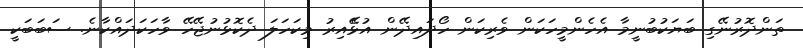
ތަންދޮރުނޭގި ބަޔަކުބުނީމާ އެހެންމީހަކަން ވެރިކަން ހޯދައިދޭން އުޅޭެއިރު މިކަހަލަ ދެކޮޅުނުޖޭހޭ ވާހަކަދައްކާނެ. ސަބަބަކީ